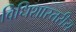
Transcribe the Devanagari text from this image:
विधिशास्तरीय